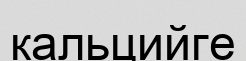
кальцийге